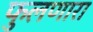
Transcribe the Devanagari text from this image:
फुलणारा